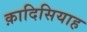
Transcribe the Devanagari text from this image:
क़ादिसियाह